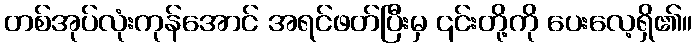
တစ်အုပ်လုံးကုန်အောင် အရင်ဖတ်ပြီးမှ ၎င်းတို့ကို ပေးလေ့ရှိ၏။